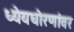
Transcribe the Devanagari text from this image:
ध्येयधोरणांवर